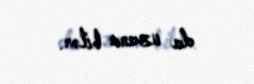
da uzana bilər.